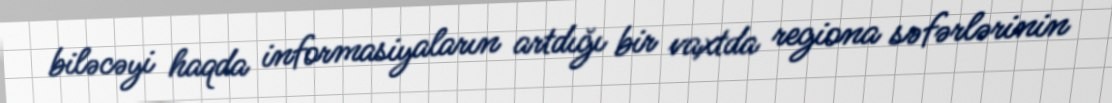
biləcəyi haqda informasiyaların artdığı bir vaxtda regiona səfərlərinin